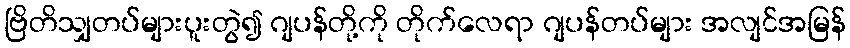
ဗြိတိသျှတပ်များပူးတွဲ၍ ဂျပန်တို့ကို တိုက်လေရာ ဂျပန်တပ်များ အလျင်အမြန်